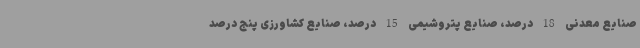
صنایع معدنی 18 درصد، صنایع پتروشیمی 15 درصد، صنایع کشاورزی پنج درصد